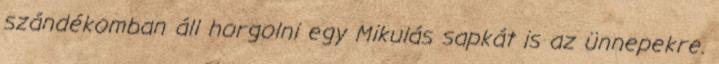
szándékomban áll horgolni egy Mikulás sapkát is az ünnepekre.